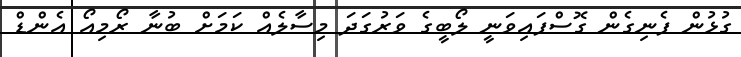
ގުޅުން ފެނިގެން ގޮސްފައިވަނީ ލޯބީގެ ވަރުގަދަ މިސާލެއް ކަމަށް ބުނާ ރޯމިއޯ އެންޑް